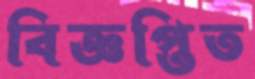
বিজ্ঞপ্তিত